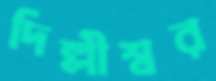
দিল্লীশ্বর